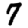
Digit: 7